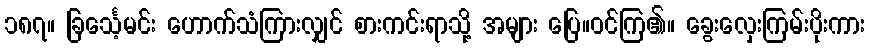
၁၈၇။ ခြင်္သေ့မင်း ဟောက်သံကြားလျှင် စားကင်းရာသို့ အများ ပြေ။ဝင်ကြ၏။ ခွေးလှေးကြမ်းပိုးကား